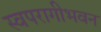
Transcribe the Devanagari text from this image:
स्वपरागीभवन